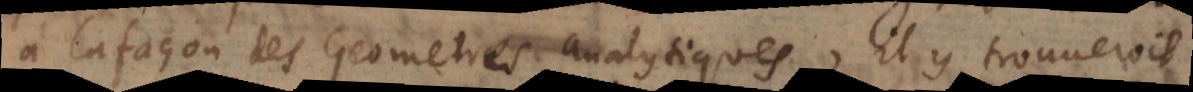
a façon des Geometres analytiques, il y trouveroit